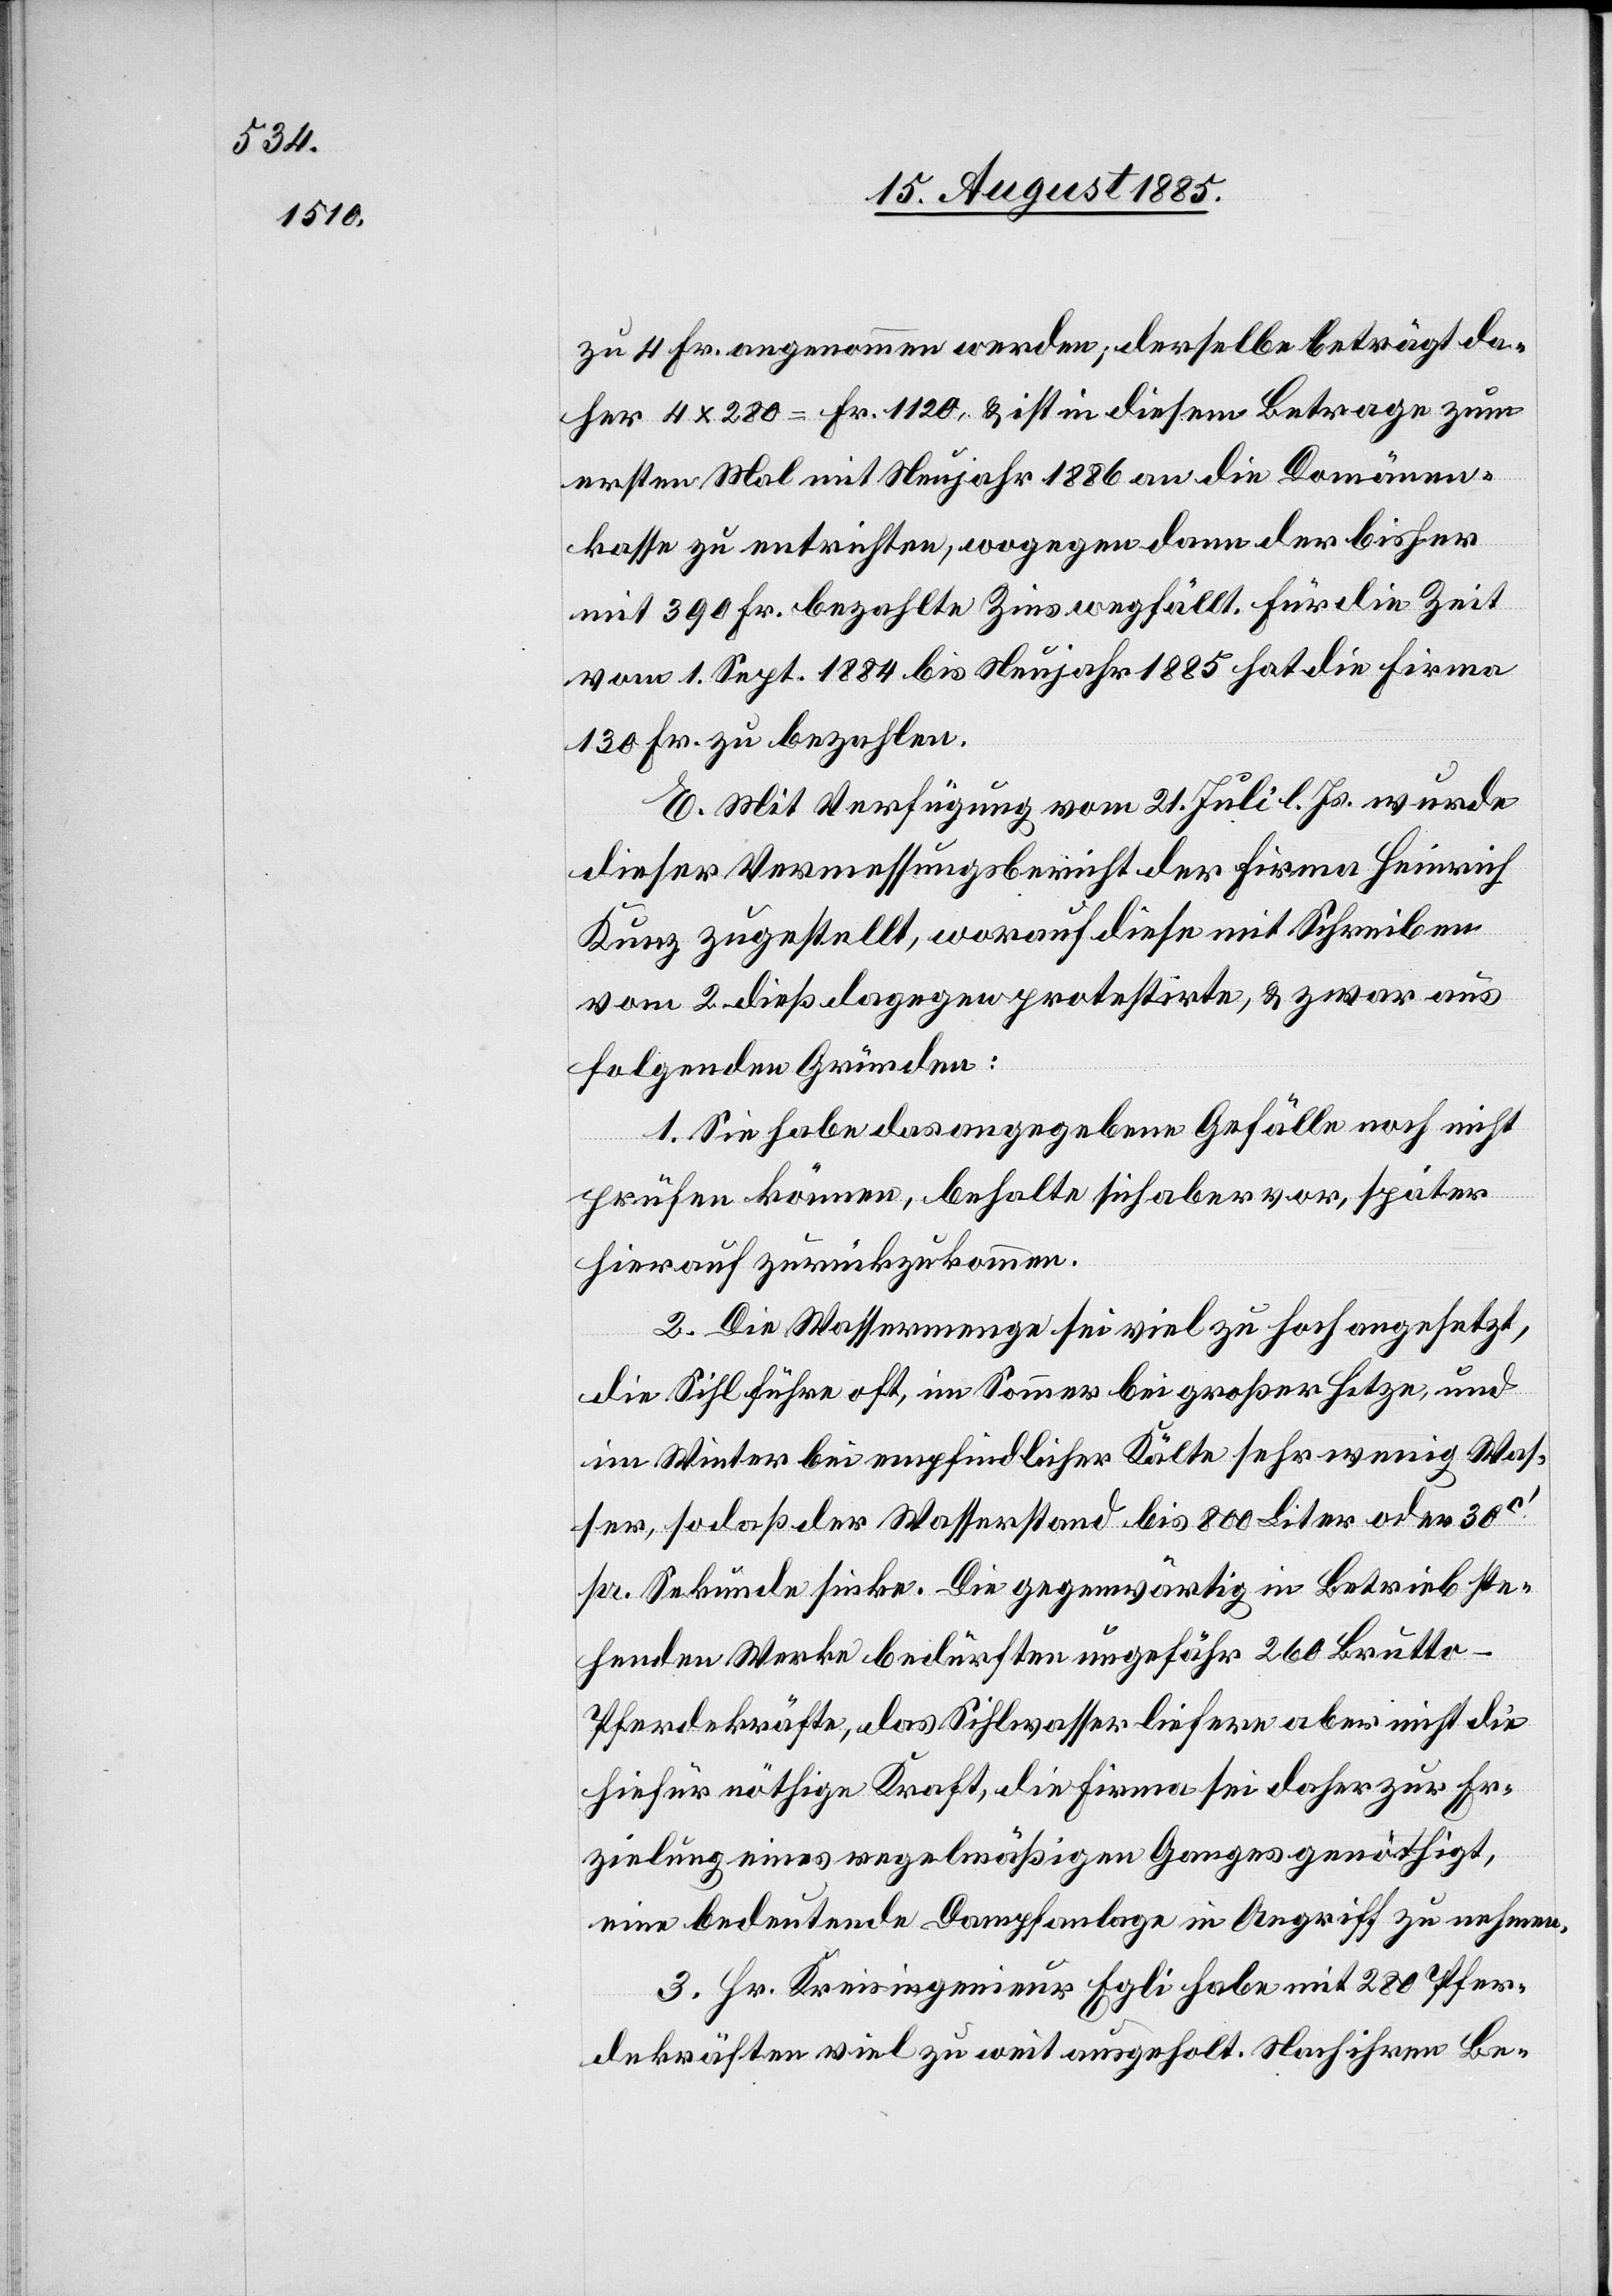
zu 4 Fr. angenommen werden, derselbe beträgt da¬
her 4 x 280 = Fr. 1120, & ist in diesem Betrage zum
ersten Mal mit Neujahr 1886 an die Domänen¬
kasse zu entrichten, wogegen dann der bisher
mit 390 Fr. bezahlte Zins wegfällt. Für die Zeit
vom 1. Sept. 1884 bis Neujahr 1885 hat die Firma
130 Fr. zu bezahlen.
E. Mit Verfügung vom 21. Juli l. Js. wurde
dieser Vermessungsbericht der Firma Heinrich
Kunz zugestellt, worauf diese mit Schreiben
vom 2. dieß dagegen protestirte, & zwar aus
folgenden Gründen:
1. Sie habe das angegebene Gefälle noch nicht
prüfen können, behalte sich aber vor, später
hierauf zurückzukommen.
2. Die Wassermenge sei viel zu hoch angesetzt,
die Sihl führe oft, im Sommer bei großer Hitze, und
im Winter bei empfindlicher Kälte sehr wenig Was¬
ser, so daß der Wasserstand bis 800 Liter oder 30c‘
pr. Sekunde sinke. Die gegenwärtig in Betrieb ste¬
henden Werke bedürften ungefähr 260 Brutto-P¬
ferdekräfte, das Sihlwasser liefere aber nicht die
hiefür nöthige Kraft, die Firma sei daher zur Er¬
zielung eines regelmäßigen Ganges genöthigt,
eine bedeutende Dampfanlage in Angriff zu nehmen.
3. Hr. Kreisingenieur Egli habe mit 280 Pfer¬
dekräften viel zu weit ausgeholt. Nach ihren Be-